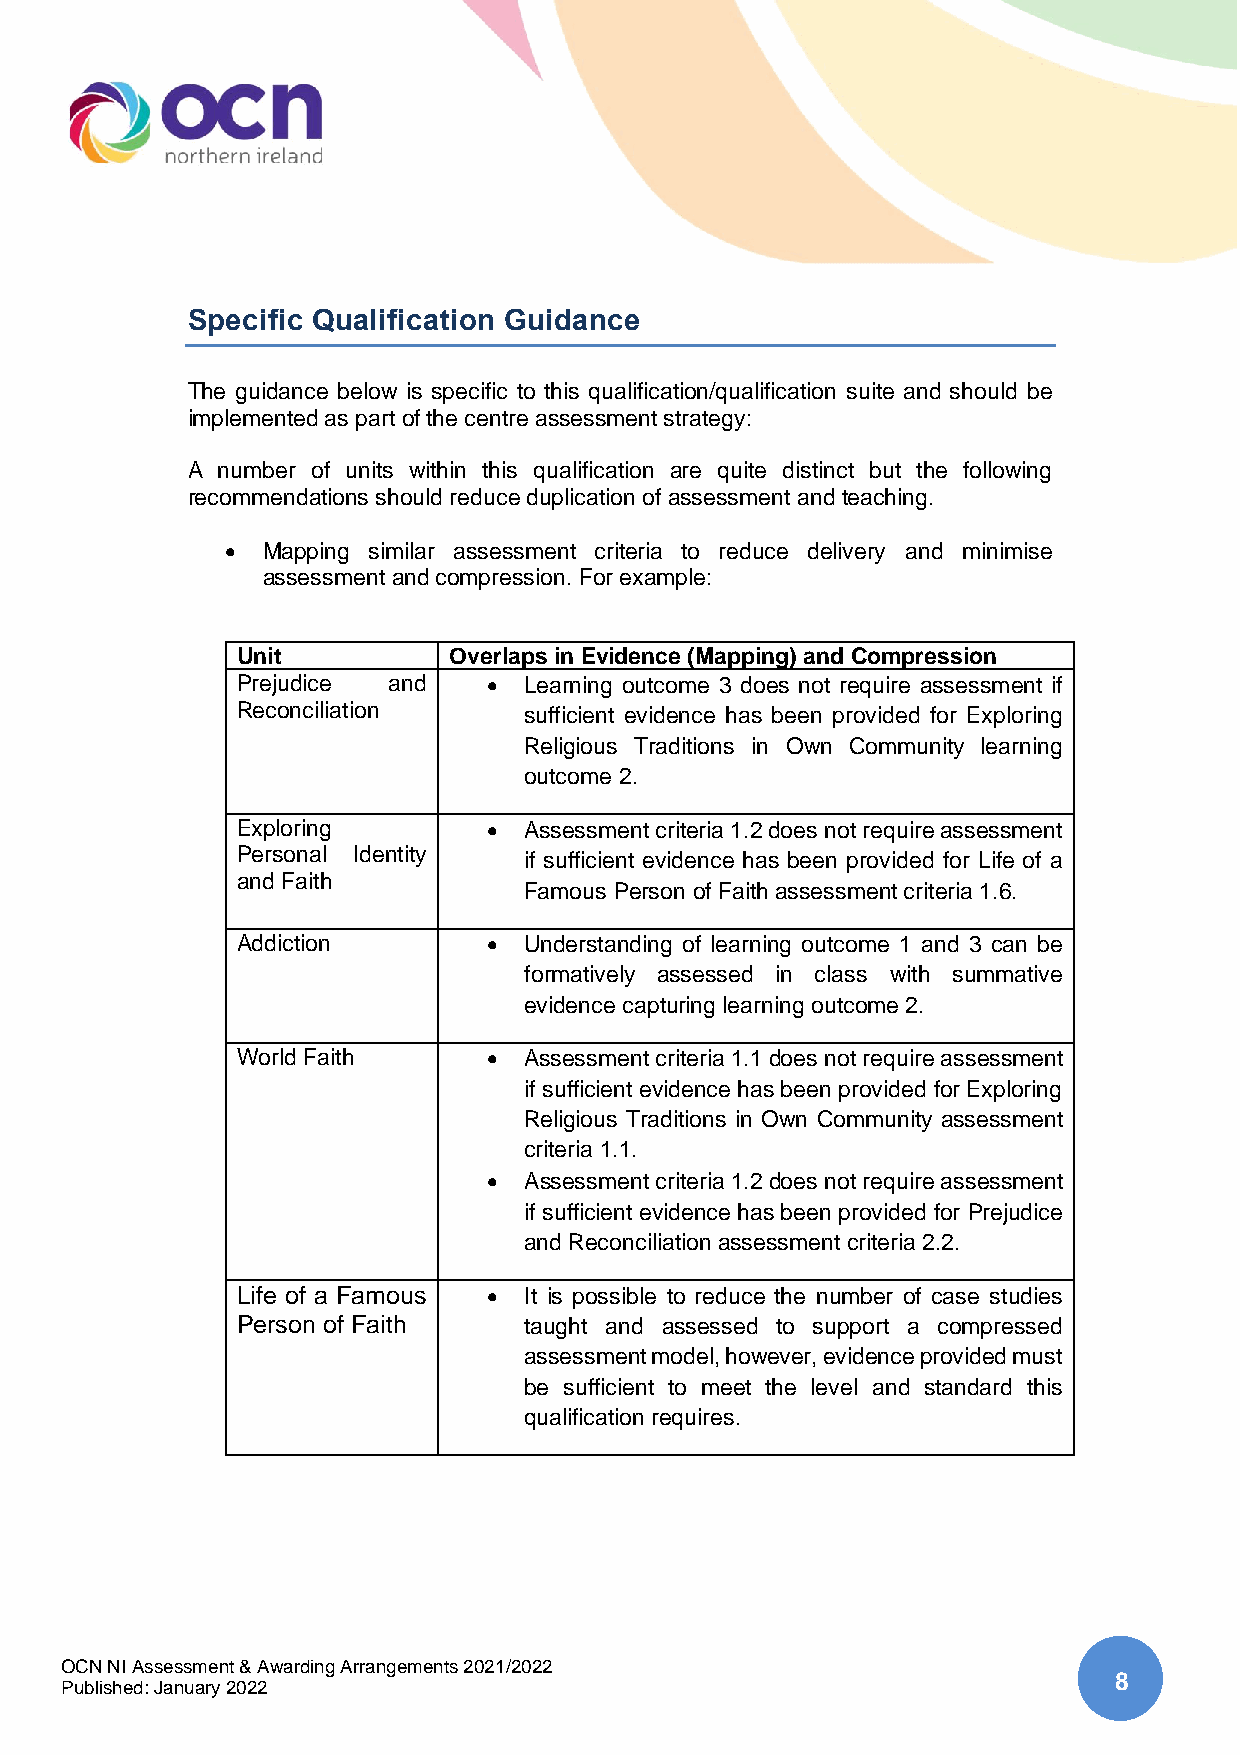
Specific Qualification Guidance
 The guidance below is specific to this qualification/qualification suite and should be
 implemented as part of the centre assessment strategy:
 A number of units within this qualification are quite distinct but the following
 recommendations should reduce duplication of assessment and teaching.
 • Mapping similar assessment criteria to reduce delivery and minimise
 assessment and compression. For example:
 Unit          Overlaps in Evidence (Mapping) and Compression
 Prejudice and   •  Learning outcome 3 does not require assessment if
 Reconciliation     sufficient evidence has been provided for Exploring
 Religious Traditions in Own Community learning
 outcome 2.
 Exploring       •  Assessment criteria 1.2 does not require assessment
 Personal Identity  if sufficient evidence has been provided for Life of a
 and Faith
 Famous Person of Faith assessment criteria 1.6.
 Addiction       •  Understanding of learning outcome 1 and 3 can be
 formatively assessed in class with summative
 evidence capturing learning outcome 2.
 World Faith     •  Assessment criteria 1.1 does not require assessment
 if sufficient evidence has been provided for Exploring
 Religious Traditions in Own Community assessment
 criteria 1.1.
 •  Assessment criteria 1.2 does not require assessment
 if sufficient evidence has been provided for Prejudice
 and Reconciliation assessment criteria 2.2.
 Life of a Famous • It is possible to reduce the number of case studies
 Person of Faith    taught and assessed to support a compressed
 assessment model, however, evidence provided must
 be sufficient to meet the level and standard this
 qualification requires.
 OCN NI Assessment & Awarding Arrangements 2021/2022
 8
 Published: January 2022